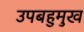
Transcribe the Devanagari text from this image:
उपबहुमुख